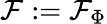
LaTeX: \mathcal{F}:=\mathcal{F}_{\Phi}